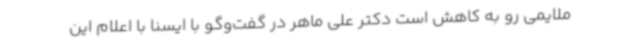
ملایمی رو به کاهش است دکتر علی ماهر در گفت‌وگو با ایسنا با اعلام این